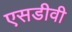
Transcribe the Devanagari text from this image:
एसडीवी